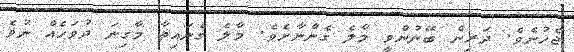
ޖެހުނެވެ. ދަރިން ބޭނުންވީ މާލެ ގެންނާށެވެ. މާލެ ގެނައިތާ މާގިނަ ދުވަހެއް ނުވެ